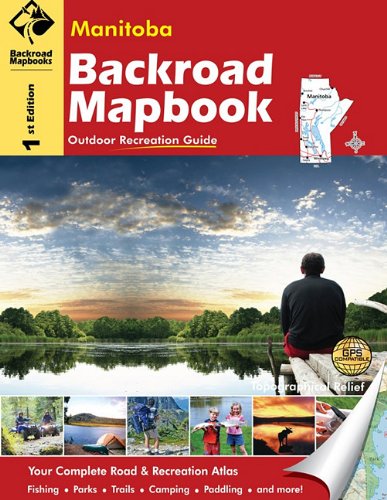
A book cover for Manitoba: Outdoor Recreation Guide (Backroad Mapbooks); Russell Mussio; Travel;